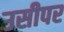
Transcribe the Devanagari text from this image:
उसीपर